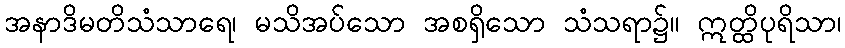
အနာဒိမတိသံသာရေ၊ မသိအပ်သော အစရှိသော သံသရာ၌။ ဣတ္ထိပုရိသာ၊